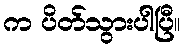
က ပိတ်သွားပါပြီ။